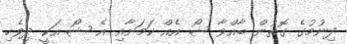
ދިނުމުގެ ގޮތުން ބާއްވާ ޝޯ އެއް ކަމަށާއި އެ ޝޯ އަކީ ދިވެހި